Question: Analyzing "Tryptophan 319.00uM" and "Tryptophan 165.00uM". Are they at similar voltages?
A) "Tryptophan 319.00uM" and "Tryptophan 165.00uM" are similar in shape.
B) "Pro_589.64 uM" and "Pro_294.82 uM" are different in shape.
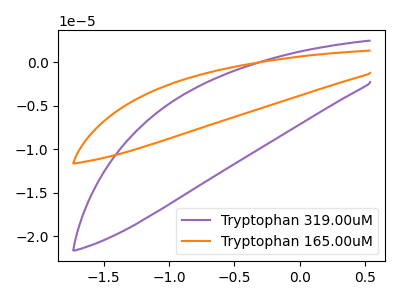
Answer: <think>The purple curve "Tryptophan 319.00uM" has no peaks. The orange curve "Tryptophan 165.00uM" has no peaks.
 Neither "Tryptophan 319.00uM" or "Tryptophan 165.00uM" have any peaks.</think>
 <answer>A) "Tryptophan 319.00uM" and "Tryptophan 165.00uM" are similar in shape.</answer>
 <eval>A</eval>